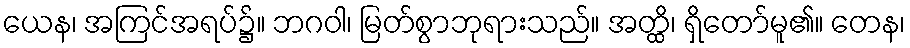
ယေန၊ အကြင်အရပ်၌။ ဘဂဝါ၊ မြတ်စွာဘုရားသည်။ အတ္ထိ၊ ရှိတော်မူ၏။ တေန၊